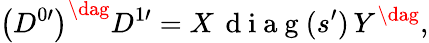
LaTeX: \left(D^{0\prime}\right)^{\dag}D^{1\prime}=X\, \mathrm{~d~i~a~g~}(s^{\prime})\, Y^{\dag},